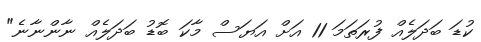
ކުޑަ ބަދަލެއް ފުރަތަމަ 11 އަށް އަޔަސް މާކަ ބޮޑު ބަދަލެއް ނާންނާނެ"